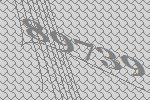
89739